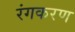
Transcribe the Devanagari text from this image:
रंगकरण